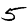
Digit: 5